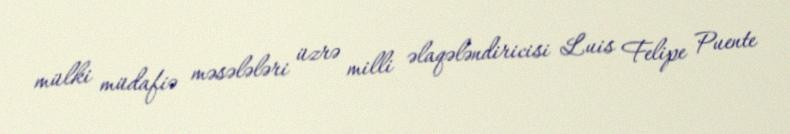
mülki müdafiə məsələləri üzrə milli əlaqələndiricisi Luis Felipe Puente